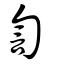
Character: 訇